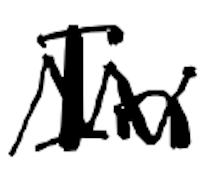
Text: In
Cross-out: zig-zag
Writing tool: digital_black